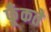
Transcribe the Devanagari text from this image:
फूँकते